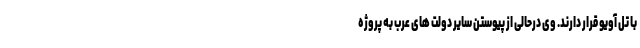
با تل آویو قرار دارند. وی درحالی از پیوستن سایر دولت های عرب به پروژه